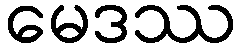
မေဒဿ